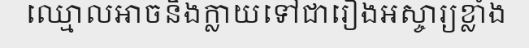
ឈ្មោលអាចនឹងក្លាយទៅជារឿងអស្ចារ្យខ្លាំង